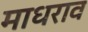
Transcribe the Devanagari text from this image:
माधराव